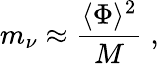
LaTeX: m_{\nu}\approx{\frac{\langle\Phi\rangle^{2}}{M}}\; ,